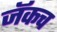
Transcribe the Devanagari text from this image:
जॅकच